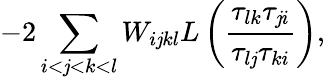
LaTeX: -2\sum_{i<\mathit{j}<k<l}W_{i\mathit{j}kl}L\left(\frac{{\tau_{lk}\tau_{\mathit{j}i}}}{{\tau_{l\mathit{j}}\tau_{ki}}}\right),